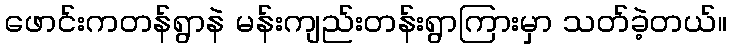
ဖောင်းကတန်ရွာနဲ မန်းကျည်းတန်းရွာကြားမှာ သတ်ခဲ့တယ်။